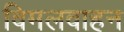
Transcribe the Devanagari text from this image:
विमलवाहन